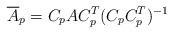
LaTeX: \begin{align*}\overline A_p = C_pAC_p^T(C_pC_p^T)^{-1} \end{align*}